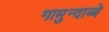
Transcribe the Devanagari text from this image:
गामुन्दाब्बे